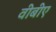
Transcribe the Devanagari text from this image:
वीबीए